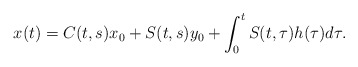
\begin{gather*}x(t)=C(t,s)x_0+S(t,s)y_0+\int_0^t S(t,\tau)h(\tau)d\tau.\end{gather*}